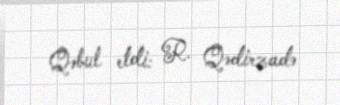
Qəbul etdi: R. Qədirzadə